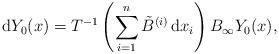
LaTeX: \begin{align*} {\rm d}Y_0(x)=T^{-1}\left(\sum_{i=1}^n\tilde{B}^{(i)}\,{\rm d}x_i\right)B_{\infty}Y_0(x), \end{align*}